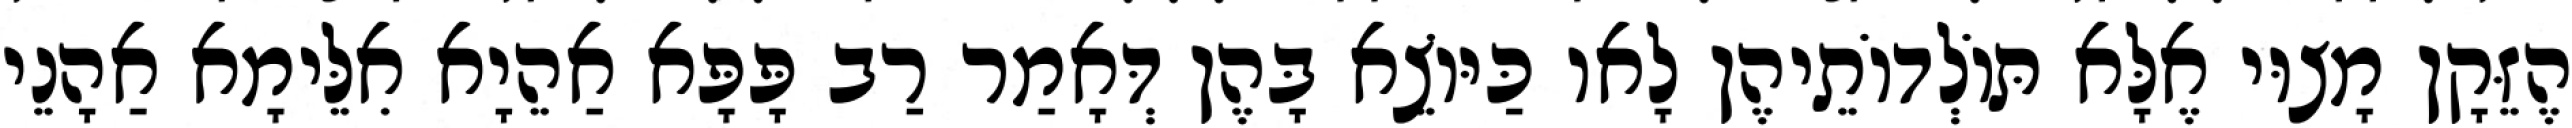
הֶזֵּקָן מָצוּי אֶלָּא תּוֹלְדוֹתֵיהֶן לָאו כַּיּוֹצֵא בָּהֶן דְּאָמַר רַב פָּפָּא אַהֵיָא אִלֵּימָא אַהָנֵי